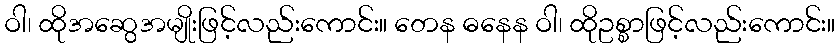
ဝါ၊ ထိုအဆွေအမျိုးဖြင့်လည်းကောင်း။ တေန ဓနေန ဝါ၊ ထိုဥစ္စာဖြင့်လည်းကောင်း။